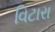
વિટારા